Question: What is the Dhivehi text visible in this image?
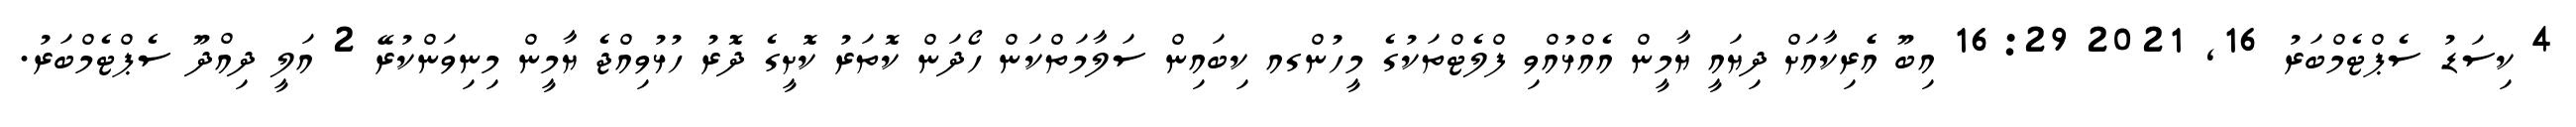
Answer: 4 ކިސަޑު ސެޕްޓެމްބަރު 16, 2021 16:29 އިބޫ އެެރިކާއަށް ދިޔައީ ޔާމީން އެއްޅުއްވި ފްލެޓްތަކުގެ މީހުންގއ ކިބައިން ސަލާމަތްކަން ހޯދަން ކޮތަރު ކޮށީގެ ދޮރު ހުޅުވިއްޖެ ޔާމީން މިނިވަންކުރޭ 2 އަލީ ދިއްދޫ ސެޕްޓެމްބަރު.